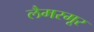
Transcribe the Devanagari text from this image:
लैमरमूर